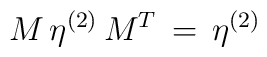
M  \, \eta^{(2)} \, M^T \, = \,  \eta^{(2)}